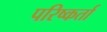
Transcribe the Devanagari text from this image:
परिष्कर्ता